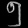
Digit: ၅